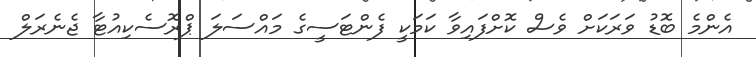
އެންމެ ބޮޑު ވަރަކަށް ވެސް ކޮށްފައިވާ ކަމަކީ ފެންޓަސީގެ މައްސަލަ ޕްރޮސެކިއުޓާ ޖެނެރަލް